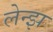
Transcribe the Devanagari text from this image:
लेन्झ